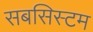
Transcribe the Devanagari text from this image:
सबसिस्टम